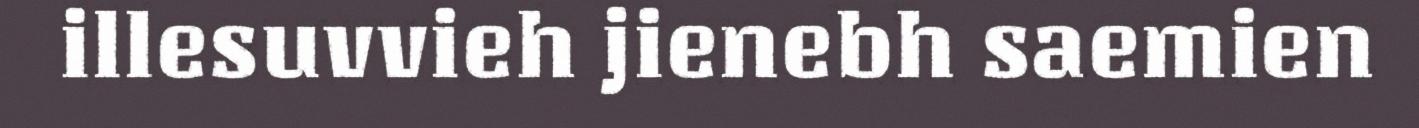
illesuvvieh jienebh saemien